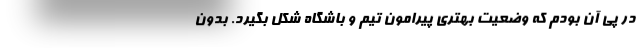
در پی آن بودم که وضعیت بهتری پیرامون تیم و باشگاه شکل بگیرد. بدون